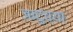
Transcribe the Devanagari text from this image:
जादुंच्या